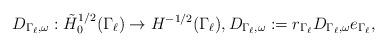
LaTeX: \begin{align*} D_{\Gamma_\ell, \omega} : \tilde H^{1/2}_0 (\Gamma_\ell) \to H^{-1/2}(\Gamma_\ell ), D_{\Gamma_\ell, \omega} := r_{\Gamma_\ell} D_{\Gamma_\ell, \omega} e_{\Gamma_\ell} ,\end{align*}